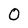
Character: 0